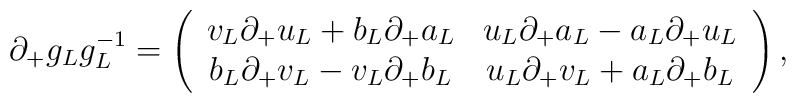
\partial _{+}g_Lg_L^{-1}=\left(\begin{array}{cc}v_L\partial _{+}u_L+b_L\partial _{+}a_L & u_L\partial _{+}a_L-a_L\partial_{+}u_L \\b_L\partial _{+}v_L-v_L\partial _{+}b_L & u_L\partial _{+}v_L+a_L\partial_{+}b_L\end{array}\right) ,